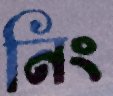
নিং